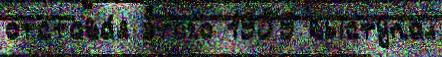
отстава́я э́того 1959 выступа́л